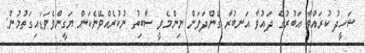
ޝަހީދު ކުރައްވާ އަބުރުގެ ދައުވާ އަނބުރާ ގެންދަވަން ނިންމެވީ ސާބިތު ނުކުރެއްވޭނެކަން ޔަގީންވެވަޑައިގަތުމުން: